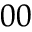
_ { 0 0 }